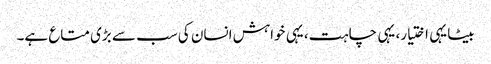
بیٹا یہی اختیار، یہی چاہت، یہی خواہش انسان کی سب سے بڑی متاع ہے۔